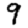
Digit: 9